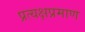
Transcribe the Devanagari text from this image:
प्रत्यक्षप्रमाण